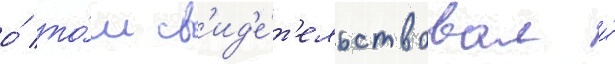
о́ то́м св'ид'е́т'ельствовал и́